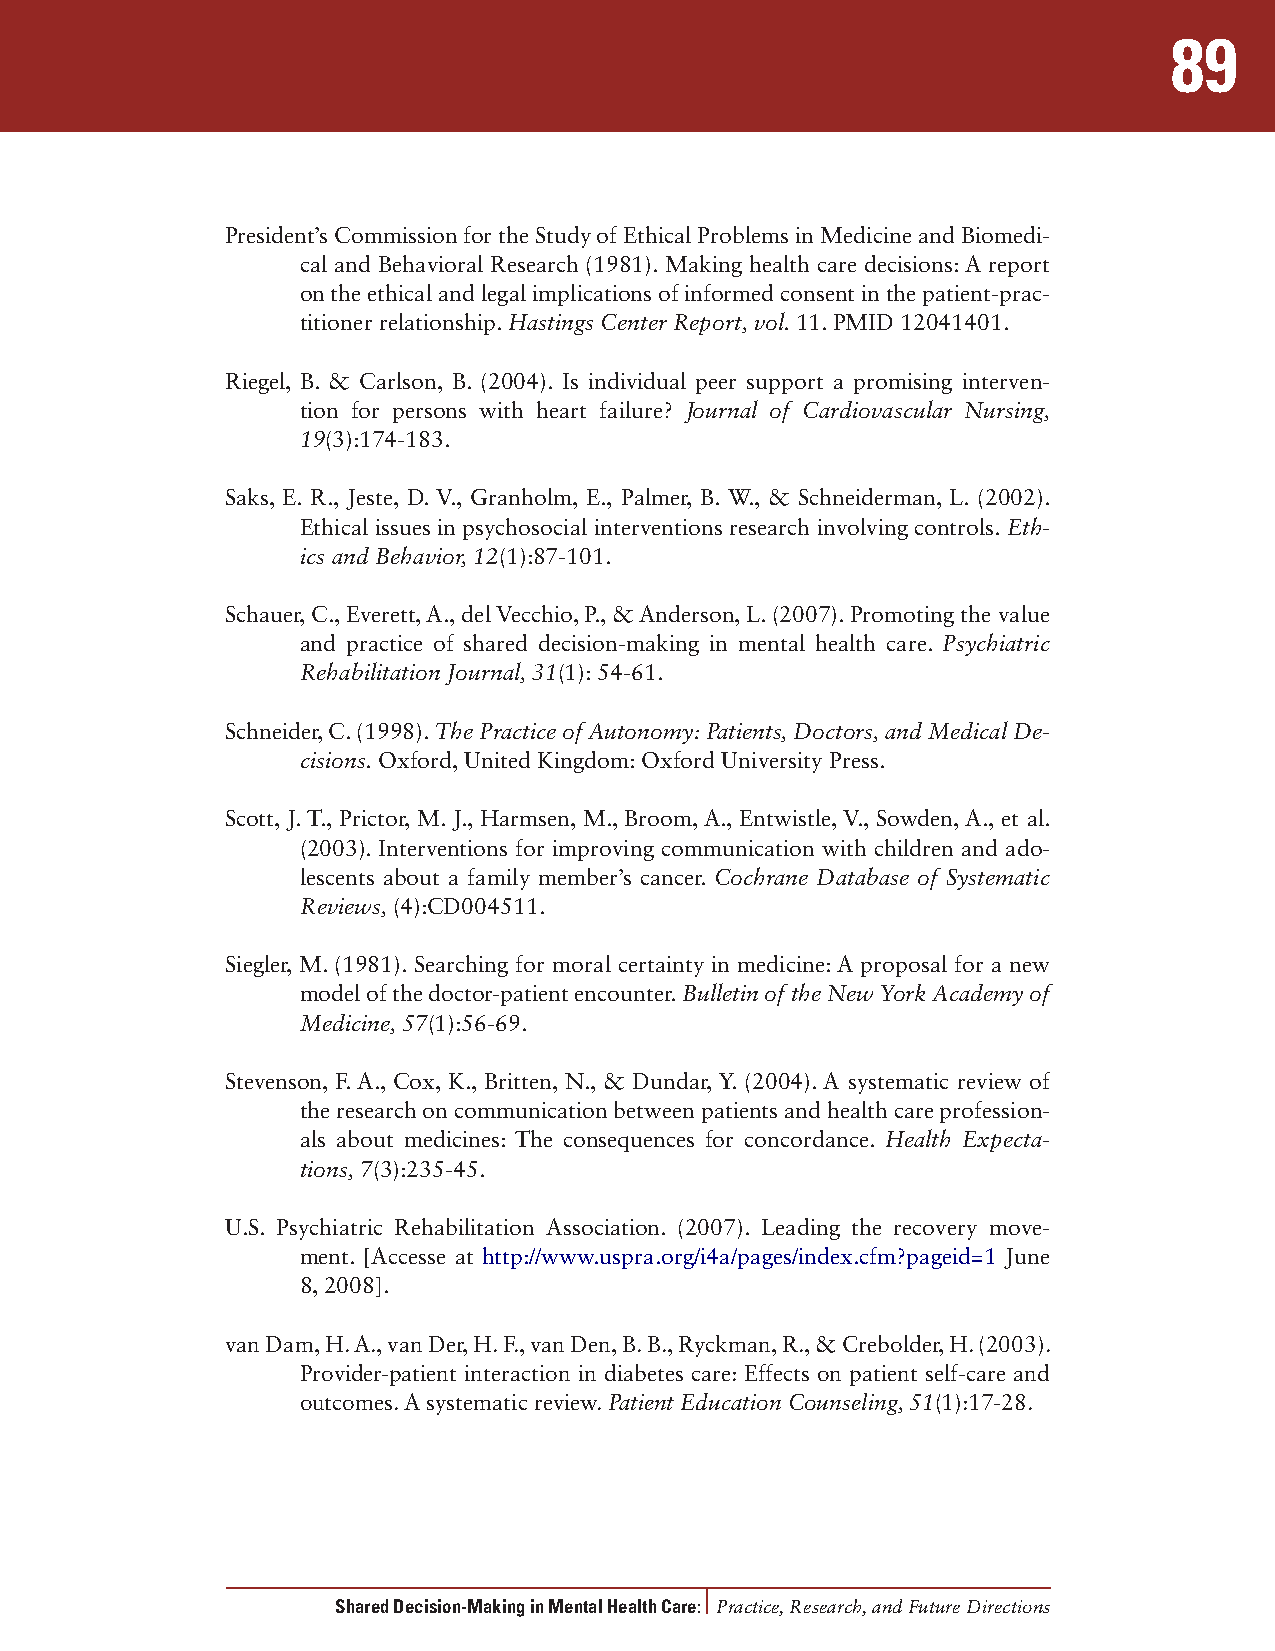
89
 President’s Commission for the Study of Ethical Problems in Medicine and Biomedi-
 cal and Behavioral Research (1981). Making health care decisions: A report
 on the ethical and legal implications of informed consent in the patient-prac-
 titioner relationship. Hastings Center Report, vol. 11. PMID 12041401.
 Riegel, B. & Carlson, B. (2004). Is individual peer support a promising interven-
 tion for persons with heart failure? Journal of Cardiovascular Nursing,
 19(3):174-183.
 Saks, E. R., Jeste, D. V., Granholm, E., Palmer, B. W., & Schneiderman, L. (2002).
 Ethical issues in psychosocial interventions research involving controls. Eth-
 ics and Behavior, 12(1):87-101.
 Schauer, C., Everett, A., del Vecchio, P., & Anderson, L. (2007). Promoting the value
 and practice of shared decision-making in mental health care. Psychiatric
 Rehabilitation Journal, 31(1): 54-61.
 Schneider, C. (1998). The Practice of Autonomy: Patients, Doctors, and Medical De-
 cisions. Oxford, United Kingdom: Oxford University Press.
 Scott, J. T., Prictor, M. J., Harmsen, M., Broom, A., Entwistle, V., Sowden, A., et al.
 (2003). Interventions for improving communication with children and ado-
 lescents about a family member’s cancer. Cochrane Database of Systematic
 Reviews, (4):CD004511.
 Siegler, M. (1981). Searching for moral certainty in medicine: A proposal for a new
 model of the doctor-patient encounter. Bulletin of the New York Academy of
 Medicine, 57(1):56-69.
 Stevenson, F. A., Cox, K., Britten, N., & Dundar, Y. (2004). A systematic review of
 the research on communication between patients and health care profession-
 als about medicines: The consequences for concordance. Health Expecta-
 tions, 7(3):235-45.
 U.S. Psychiatric Rehabilitation Association. (2007). Leading the recovery move-
 ment. [Accesse at http://www.uspra.org/i4a/pages/index.cfm?pageid=1 June
 8, 2008].
 van Dam, H. A., van Der, H. F., van Den, B. B., Ryckman, R., & Crebolder, H. (2003).
 Provider-patient interaction in diabetes care: Effects on patient self-care and
 outcomes. A systematic review. Patient Education Counseling, 51(1):17-28.
 Shared Decision-Making in Mental Health Care: Practice, Research, and Future Directions